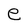
Character: e